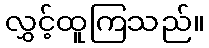
လွှင့်ထူကြသည်။